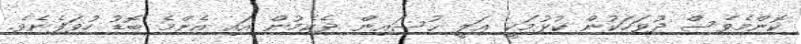
ކޮންމެވެސް ދުވަހަކުން ކުޅުމަކީ ޢަލީ ޙުސައިން ދެކެމުން އައި އެންމެ ބޮޑު ހުވަފެނެވެ.